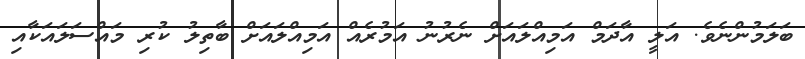
ބަލަމުންނެވެ. އަލީ އާދަމް އަމިއްލައަށް ނެރުނު އަމުރެއް އަމިއްލައަށް ބާތިލު ކުރި މައްސަލައަކާއި